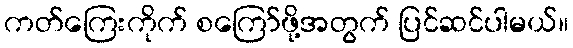
ကတ်ကြေးကိုက် စကြော်ဖို့အတွက် ပြင်ဆင်ပါမယ်။